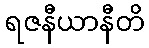
ရဇနီယာနီတိ